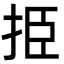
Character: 挋